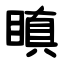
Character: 瞋